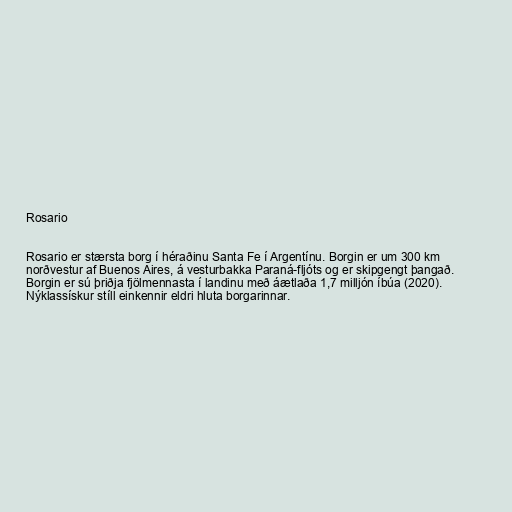
Rosario

Rosario er stærsta borg í héraðinu Santa Fe í Argentínu. Borgin er um 300 km
norðvestur af Buenos Aires, á vesturbakka Paraná-fljóts og er skipgengt þangað.
Borgin er sú þriðja fjölmennasta í landinu með áætlaða 1,7 milljón íbúa (2020).
Nýklassískur stíll einkennir eldri hluta borgarinnar.